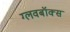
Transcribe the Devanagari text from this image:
ग्लवबॉक्स